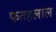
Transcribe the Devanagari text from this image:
फतहलाल